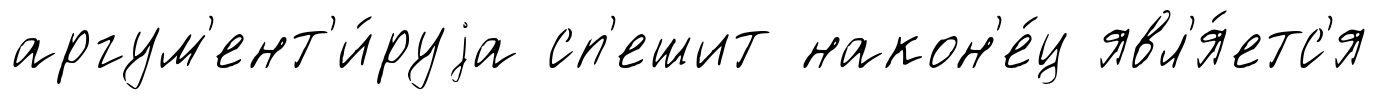
аргум'ент'и́руjа сп'ешит након'е́ц явл'я́етс'я